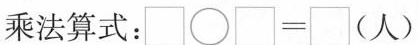
乘法算式：$$\Box \circ \Box = \Box$$(人)